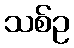
သစ်ဥ